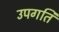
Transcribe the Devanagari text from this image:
उपगति